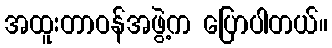
အထူးတာဝန်အဖွဲ့က ပြောပါတယ်။